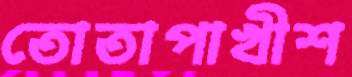
তোতাপাখীশ